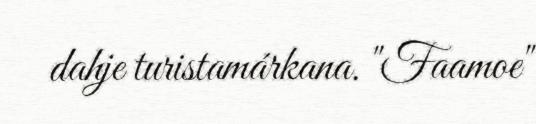
dahje turistamárkana. "Faamoe"